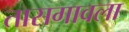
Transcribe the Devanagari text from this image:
तासगावला